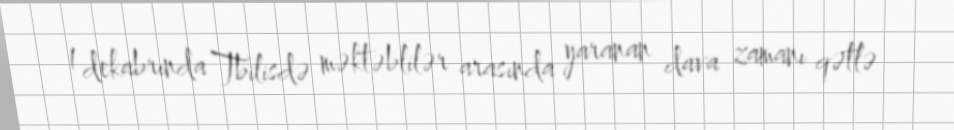
1 dekabrında Tbilisdə məktəblilər arasında yaranan dava zamanı qətlə